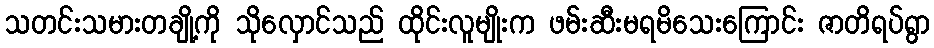
သတင်းသမားတချို့ကို သိုလှောင်သည် ထိုင်းလူမျိုးက ဖမ်းဆီးမရမိသေးကြောင်း ဇာတိရပ်ရွာ